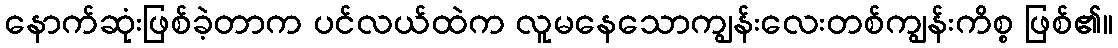
နောက်ဆုံးဖြစ်ခဲ့တာက ပင်လယ်ထဲက လူမနေသောကျွန်းလေးတစ်ကျွန်းကိစ္စ ဖြစ်၏။